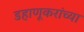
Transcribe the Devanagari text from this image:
डहाणूकरांच्या